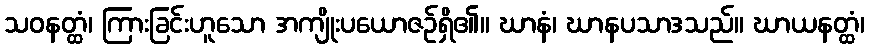
သဝနတ္ထံ၊ ကြားခြင်းဟူသော အကျိုးပယောဇဉ်ရှိ၏။ ဃာနံ၊ ဃာနပသာဒသည်။ ဃာယနတ္ထံ၊